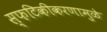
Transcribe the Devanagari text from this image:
स्फटिकीकरणामुळे